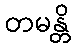
တမန္တိ